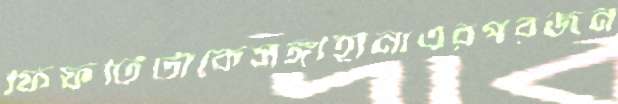
ফিফটিটাকেসঙ্গীহীনাএরপরজন